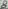
Text: 8